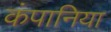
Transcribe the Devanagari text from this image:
कंपानिया